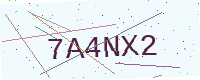
Text: 7A4NX2